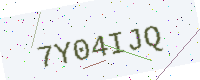
Text: 7Y04IJQ